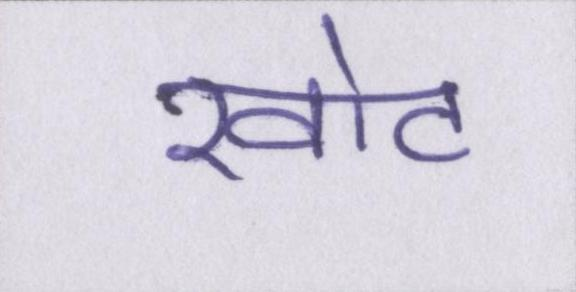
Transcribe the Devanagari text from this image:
खोट